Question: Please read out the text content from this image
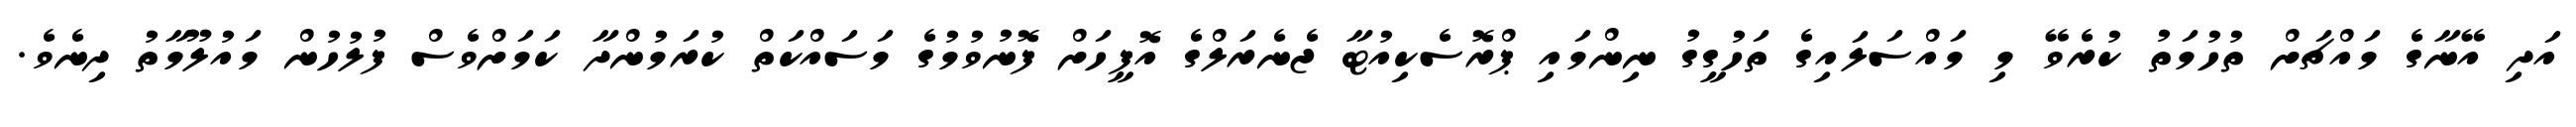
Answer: އަދި އޭނާގެ މައްޗަށް ތުހުމަތު ކުރެވޭ މި މައްސަލައިގެ ތަހުގީގު ނިންމައި ޕްރޮސެކިއުޓާ ޖެނެރަލްގެ އޮފީހަށް ފޮނުވުމުގެ މަސައްކަތް ކުރަމުންދާ ކަމަށްވެސް ފުލުހުން މައުލޫމާތު ދިނެވެ.